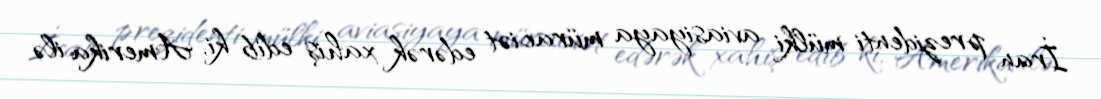
İran prezidenti mülki aviasiyaya müraciət edərək xahiş edib ki, Amerika ilə